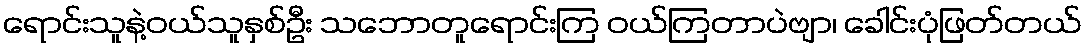
ရောင်းသူနဲ့ဝယ်သူနှစ်ဦး သဘောတူရောင်းကြ ဝယ်ကြတာပဲဗျာ၊ ခေါင်းပုံဖြတ်တယ်